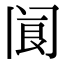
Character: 阆